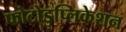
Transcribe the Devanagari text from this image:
फोटोडुप्लिकेशन